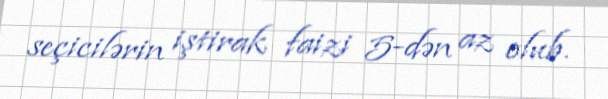
seçicilərin iştirak faizi 5-dən az olub.